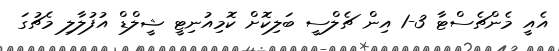
އެއީ މެންޗެސްޓާ 3-1 އިން ޗެލްސީ ބަލިކޮށް ކޮމިއުނިޓީ ޝީލްޑް އުފުލާލި މެޗުގަ